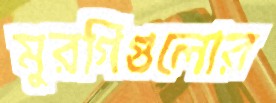
মুরগিগুলোর